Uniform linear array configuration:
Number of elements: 64
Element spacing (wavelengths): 0.25
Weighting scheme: hamming
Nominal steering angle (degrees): -30
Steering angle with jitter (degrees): -30.933
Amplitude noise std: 0.05
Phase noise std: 0.05

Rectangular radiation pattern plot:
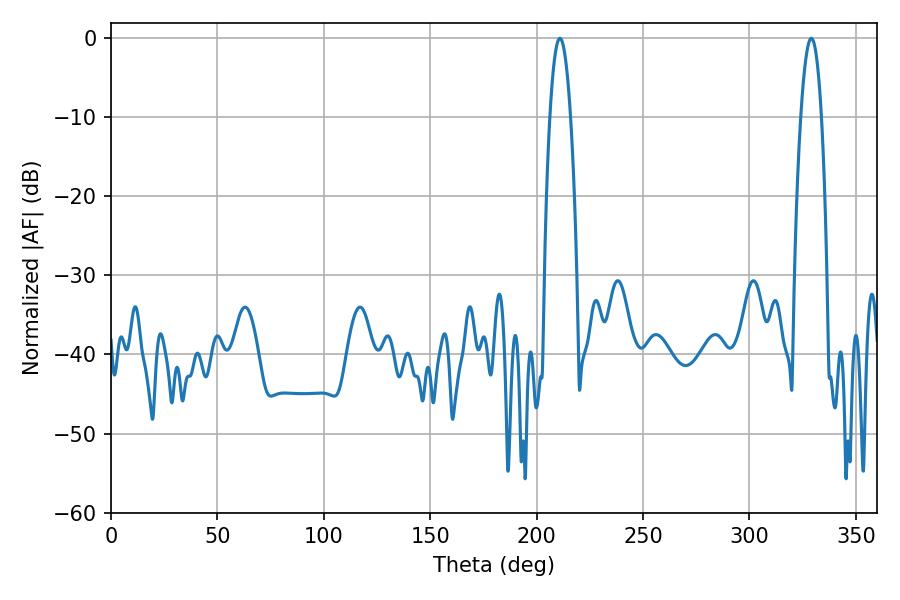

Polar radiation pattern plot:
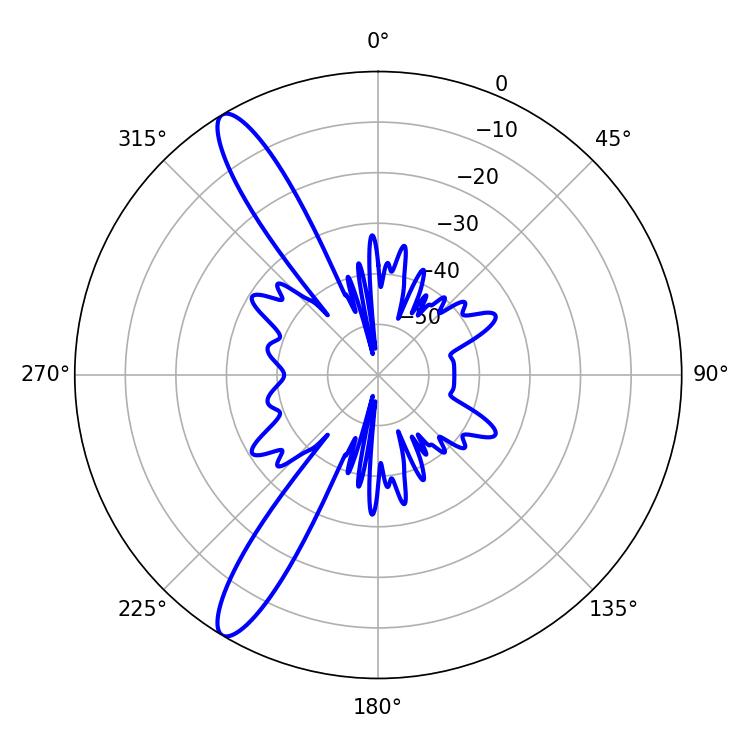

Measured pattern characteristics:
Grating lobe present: FALSE
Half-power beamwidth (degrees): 5.4
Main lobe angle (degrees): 210.96